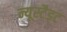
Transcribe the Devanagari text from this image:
न्यूस्टैड्ट